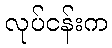
လုပ်ငန်းက